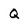
Character: Q